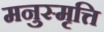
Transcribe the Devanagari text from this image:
मनुस्मृत्ति